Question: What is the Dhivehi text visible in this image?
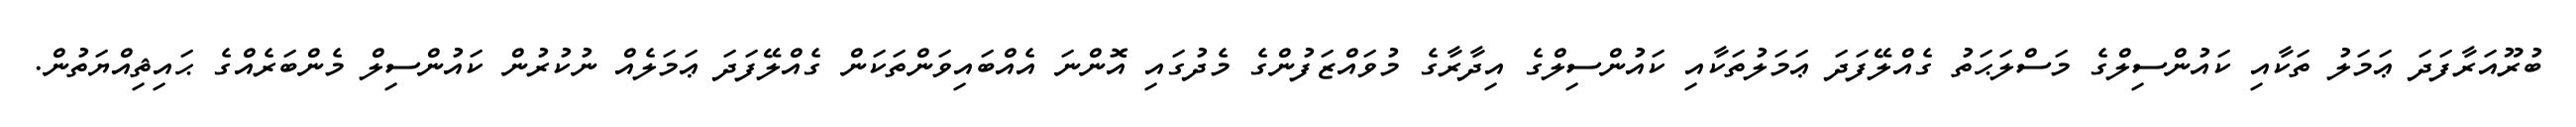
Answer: ބުރޫއަރާފަދަ ޢަމަލު ތަކާއި ކައުންސިލްގެ މަސްލަޙަތު ގެއްލޭފަދަ ޢަމަލުތަކާއި ކައުންސިލްގެ އިދާރާގެ މުވައްޒަފުންގެ މެދުގައި އޮންނަ އެއްބައިވަންތަކަން ގެއްލޭފަދަ ޢަމަލެއް ނުކުރުން ކައުންސިލް މެންބަރެއްގެ ޙައިޘިއްޔަތުން.